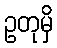
ဥတုမှိ